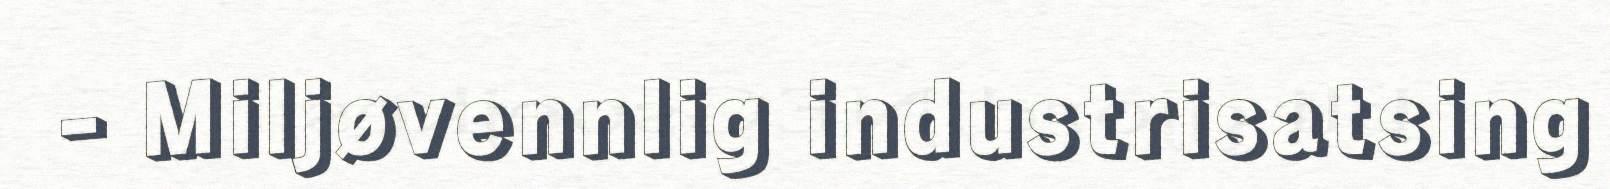
- Miljøvennlig industrisatsing